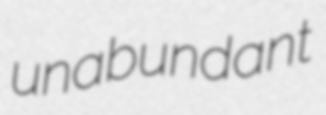
unabundant